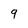
Character: 9